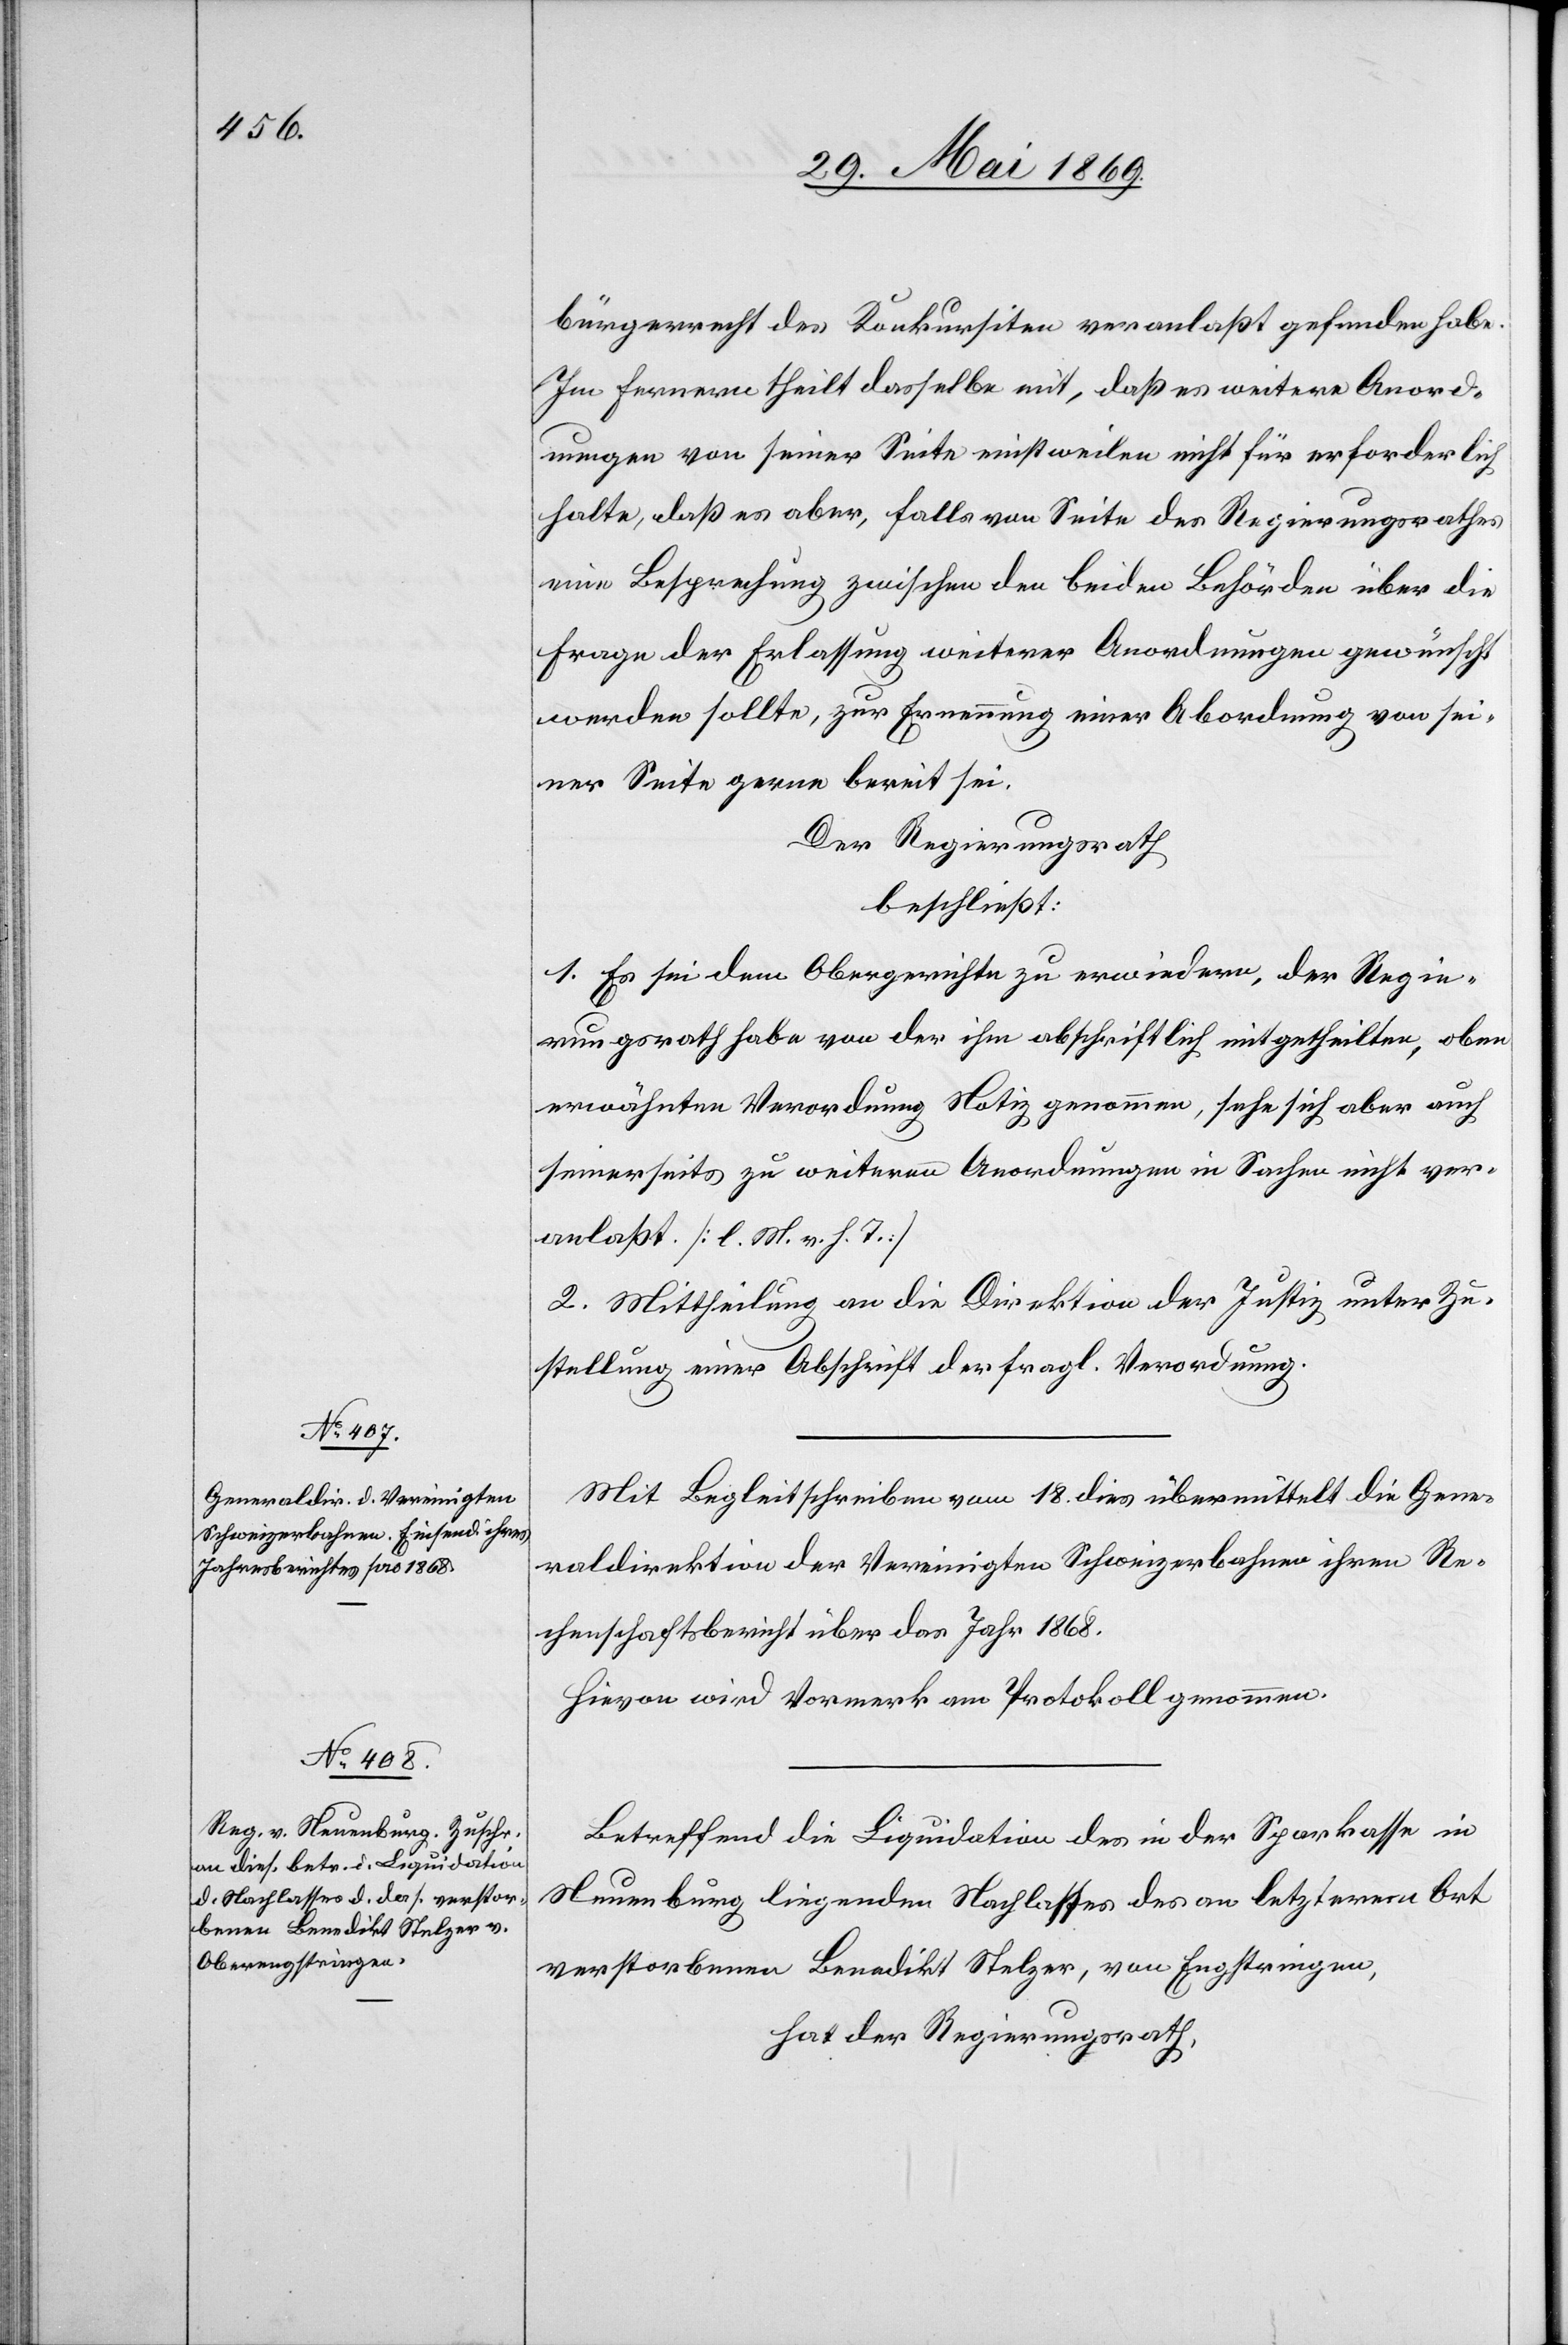
bürgerrecht des Konkursiten veranlaßt gefunden habe.
Im Fernern theilt dasselbe mit, daß es weitere Anord¬
nungen von seiner Seite einstweilen nicht für erforderlich
halte, daß es aber, falls von Seite des Regierungsrathes
eine Besprechung zwischen den beiden Behörden über die
Frage der Erlassung weiterer Anordnungen gewünscht
werden sollte, zur Ernennung einer Abordnung von sei¬
ner Seite gerne bereit sei.
Der Regierungsrath,
beschließt:
1. Es sei dem Obergerichte zu erwiedern, der Regie¬
rungsrath habe von der ihm abschriftlich mitgetheilten, oben
erwähnten Verordnung Notiz genommen, sehe sich aber auch
seinerseits zu weiteren Anordnungen in Sachen nicht ver¬
anlaßt. [l. M. v. h. T]
2. Mittheilung an die Direktion der Justiz unter Zu¬
stellung einer Abschrift der fragl. Verordnung.
Mit Begleitschreiben vom 18 dies übermittelt die Gene¬
raldirektion der Vereinigten Schweizerbahnen ihren Re¬
chenschaftsbericht über das Jahr 1868.
Hievon wird Vormerk am Protokoll genommen.
Betreffend die Liquidation des in der Sparkasse in
Neuenburg liegenden Nachlasses des an letzterem Ort
verstorbenen Benedikt Stelzer, von Engstringen,
hat der Regierungsrath,